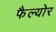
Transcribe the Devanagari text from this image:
फैल्योर